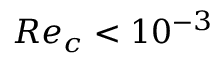
R e _ { c } < 1 0 ^ { - 3 }